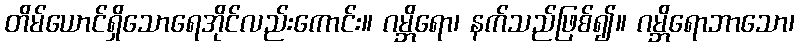
တိမ်ယောင်ရှိသောရေအိုင်လည်းကောင်း။ ဂမ္ဘိရော၊ နက်သည်ဖြစ်၍။ ဂမ္ဘိရောဘာသော၊